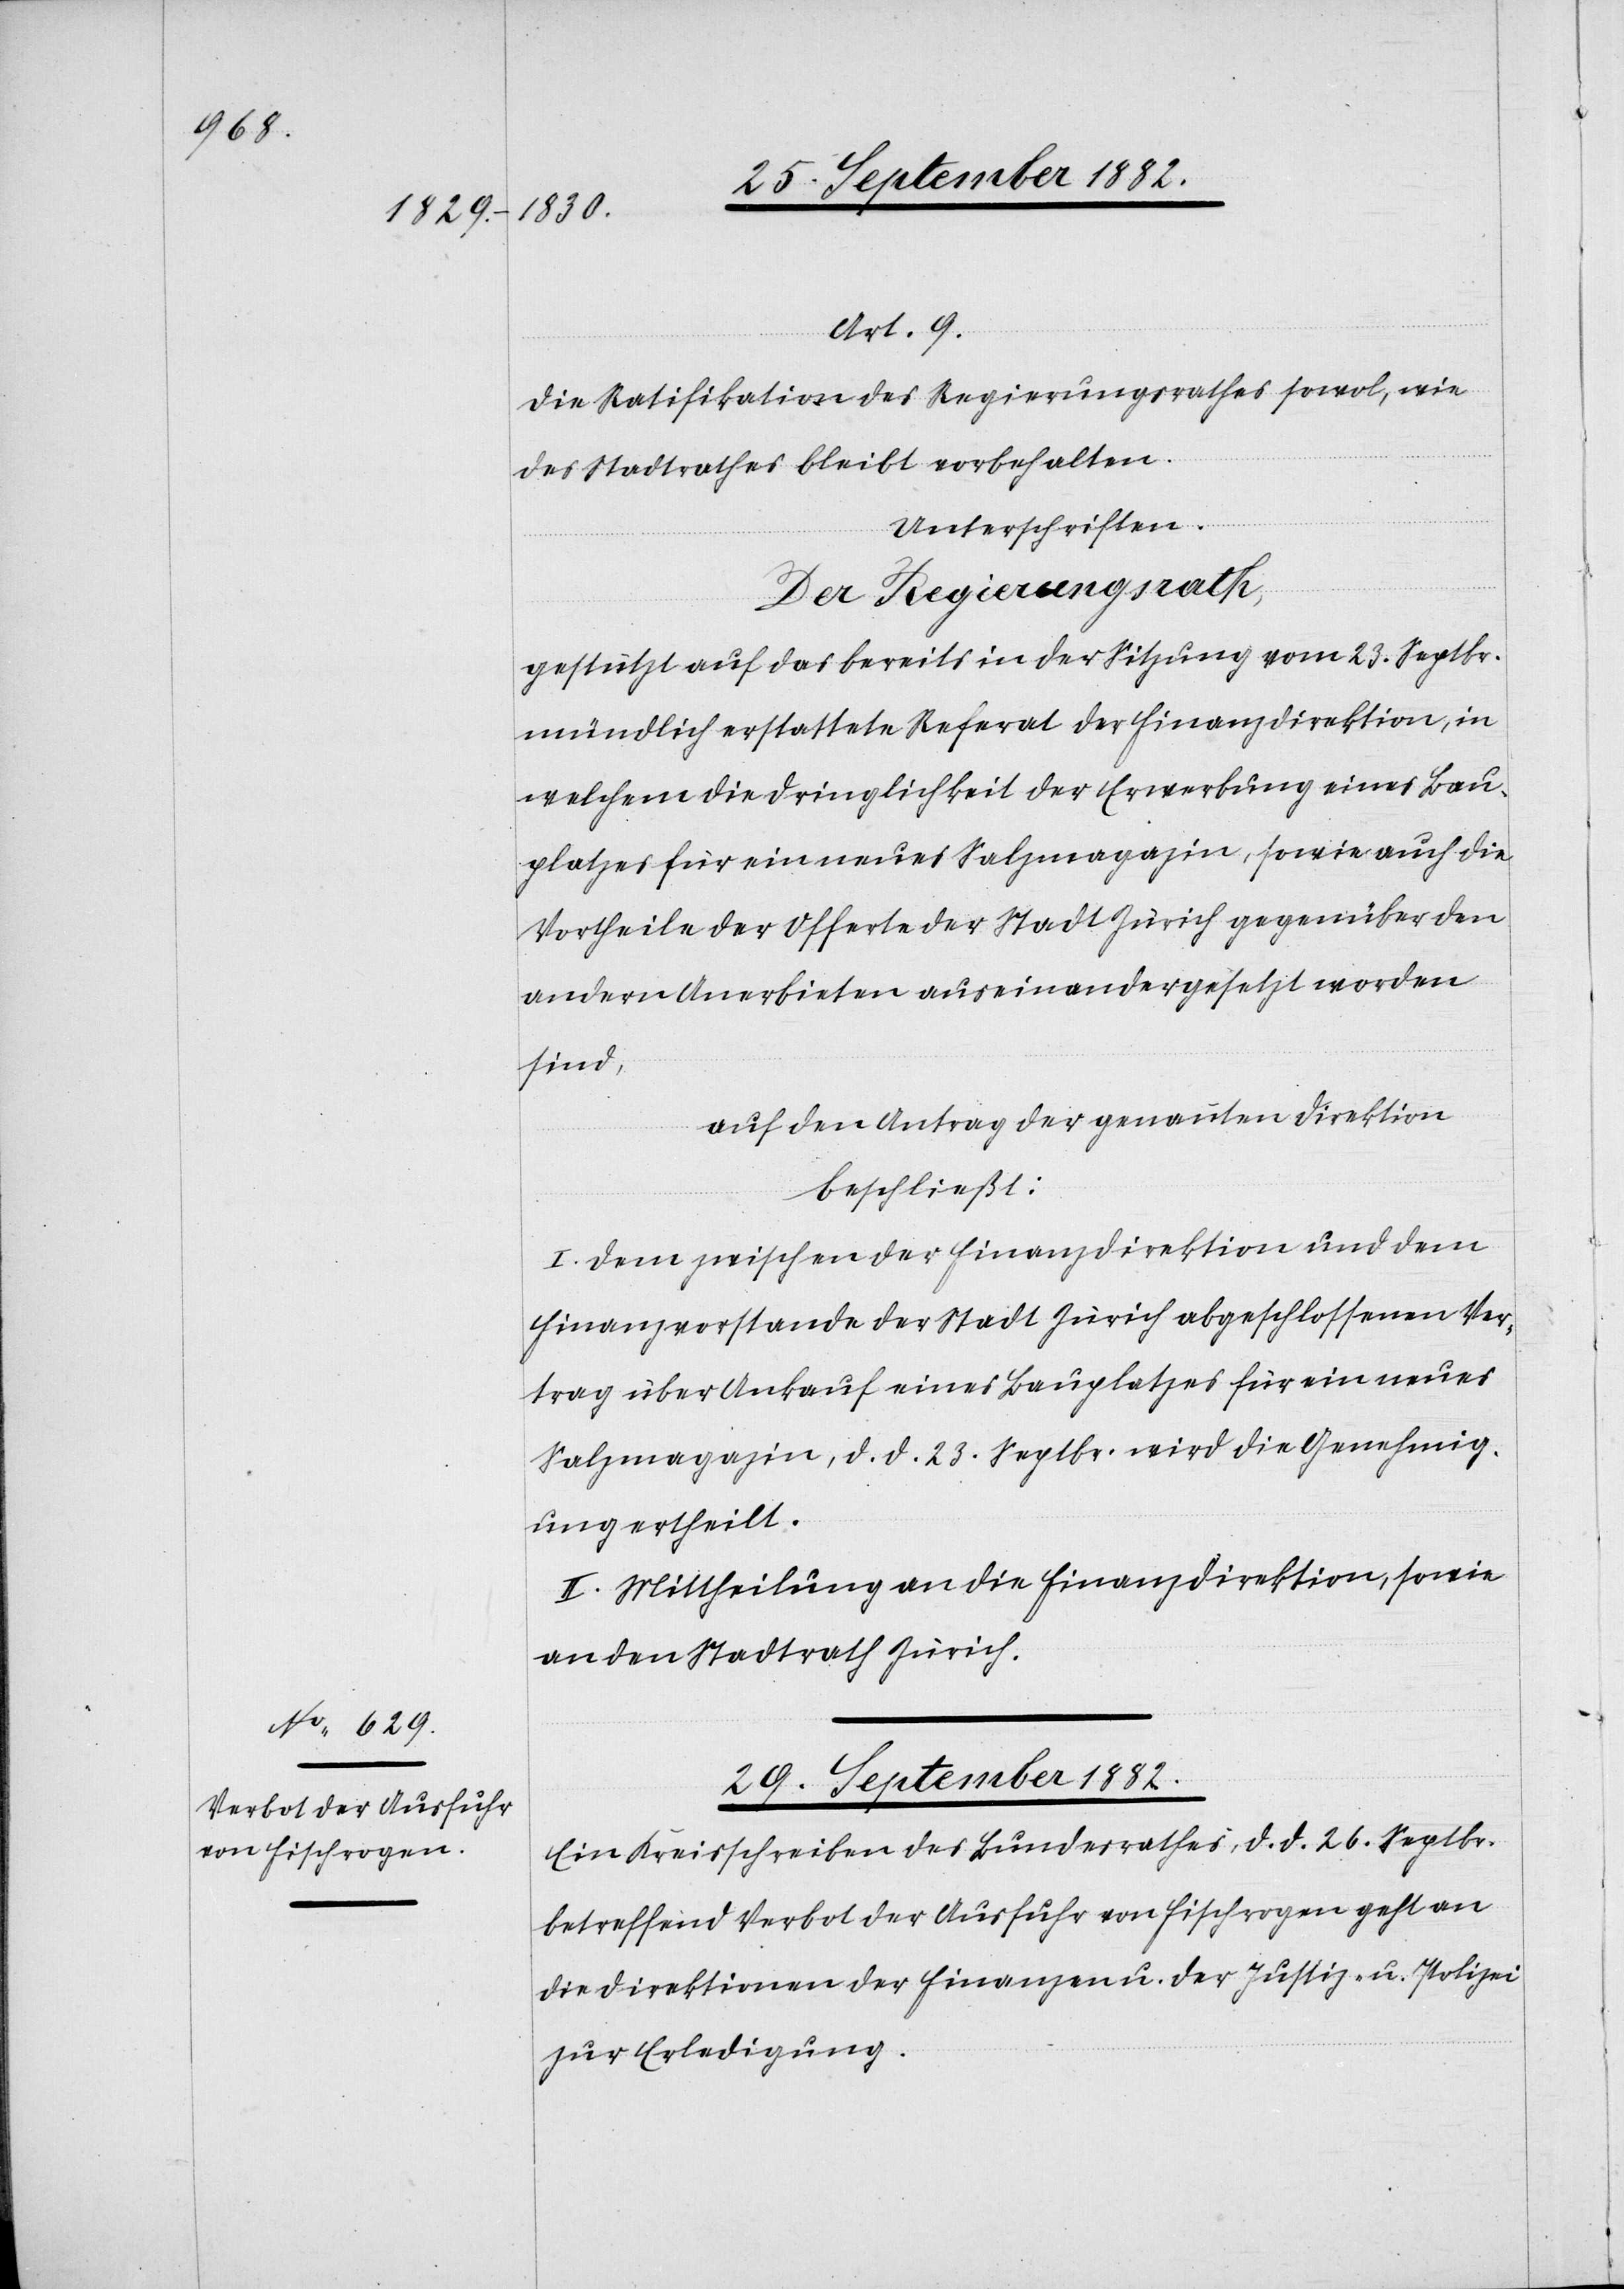
Art. 9.
Die Ratifikation des Regierungsrathes sowol, wie
des Stadtrathes bleibt vorbehalten.
Unterschriften.
Der Regierungsrath,
gestützt auf das bereits in der Sitzung vom 23. Septbr.
mündlich erstattete Referat der Finanzdirektion, in
welchem die Dringlichkeit der Erwerbung eines Bau¬
platzes für ein neues Salzmagazin, sowie auch die
Vortheile der Offerte der Stadt Zürich gegenüber den
andern Anerbieten auseinandergesetzt worden
sind,
auf den Antrag der genannten Direktion,
beschließt:
I. Dem zwischen der Finanzdirektion und dem
Finanzvorstande der Stadt Zürich abgeschlossenen Ver¬
trag über Ankauf eines Bauplatzes für ein neues
Salzmagazin, d. d. 23. Septbr. wird die Genehmig¬
ung ertheilt.
II. Mittheilung an die Finanzdirektion, sowie
an den Stadtrath Zürich.
29. September 1882.
Ein Kreisschreiben des Bundesrathes, d. d. 26. Septbr.
betreffend Verbot der Ausfuhr von Fischrogen geht an
die Direktionen der Finanzen u. der Justiz u. Polizei
zur Erledigung.